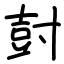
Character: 尌